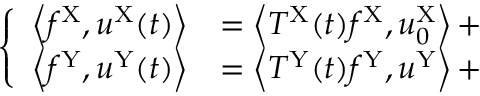
\left\{ \begin{array} { l l } { \left\langle f ^ { \mathrm { X } } , u ^ { \mathrm { X } } ( t ) \right\rangle } & { = \left\langle T ^ { \mathrm { X } } ( t ) f ^ { \mathrm { X } } , u _ { 0 } ^ { \mathrm { X } } \right\rangle + } \\ { \left\langle f ^ { \mathrm { Y } } , u ^ { \mathrm { Y } } ( t ) \right\rangle } & { = \left\langle T ^ { \mathrm { Y } } ( t ) f ^ { \mathrm { Y } } , u ^ { \mathrm { Y } } \right\rangle + } \end{array} \right.